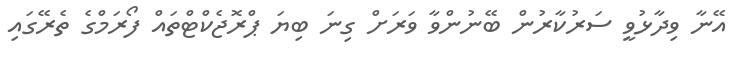
އޭނާ ވިދާޅުވީ ސަރުކާރުން ބޭނުންވާ ވަރަށް ގިނަ ބިޔަ ޕްރޮޖެކްޓްތައް ފޯރަމްގެ ތެރޭގައި